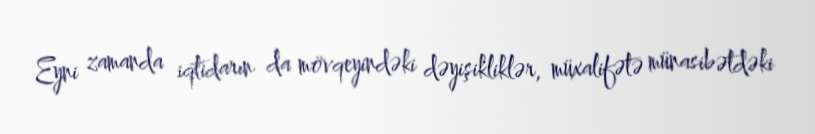
Eyni zamanda iqtidarın da mövqeyindəki dəyişikliklər, müxalifətə münasibətdəki